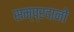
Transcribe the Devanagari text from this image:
सम्प्रदानों